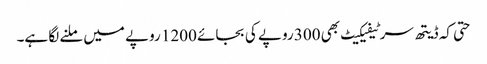
حتی کہ ڈیتھ سرٹیفیکیٹ بھی 300 روپے کی بجائے 1200 روپے میں ملنے لگا ہے۔